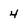
Character: 4